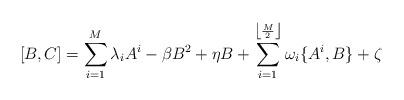
LaTeX: \begin{align*}[B,C]=\sum_{i=1}^{M}\lambda_{i}A^{i}-\beta B^{2} +\eta B +\sum_{i=1}^{\left\lfloor\frac{M}{2}\right\rfloor}\omega_{i}\{A^{i},B\}+\zeta\end{align*}